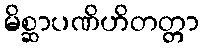
မိစ္ဆာပဏိဟိတတ္တာ